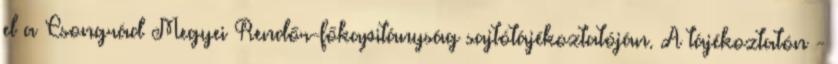
el a Csongrád Megyei Rendőr-főkapitányság sajtótájékoztatóján. A tájékoztatón -